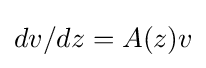
dv/dz=A(z)v